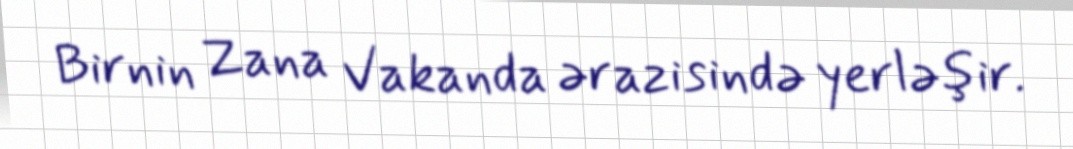
Birnin Zana Vakanda ərazisində yerləşir.